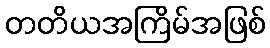
တတိယအကြိမ်အဖြစ်